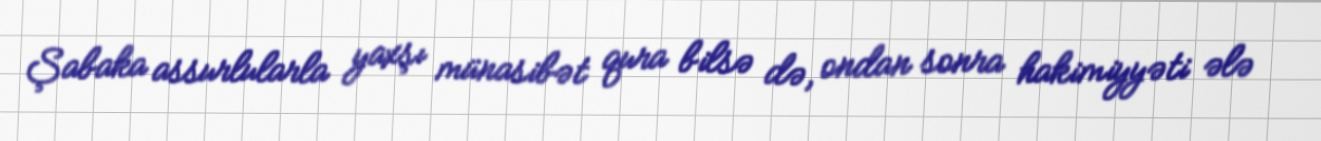
Şabaka assurlularla yaxşı münasibət qura bilsə də, ondan sonra hakimiyyəti ələ